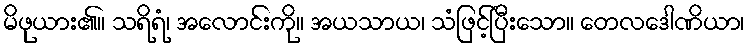
မိဖုယား၏။ သရိရံ၊ အလောင်းကို။ အယသာယ၊ သံဖြင့်ပြီးသော။ တေလဒေါဏိယာ၊